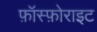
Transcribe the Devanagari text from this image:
फ़ॉस्फ़ोराइट